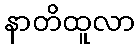
နာတိထူလာ